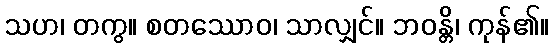
သဟ၊ တကွ။ စတဿောဝ၊ သာလျှင်။ ဘဝန္တိ၊ ကုန်၏။